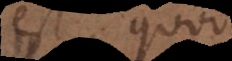
est, quod